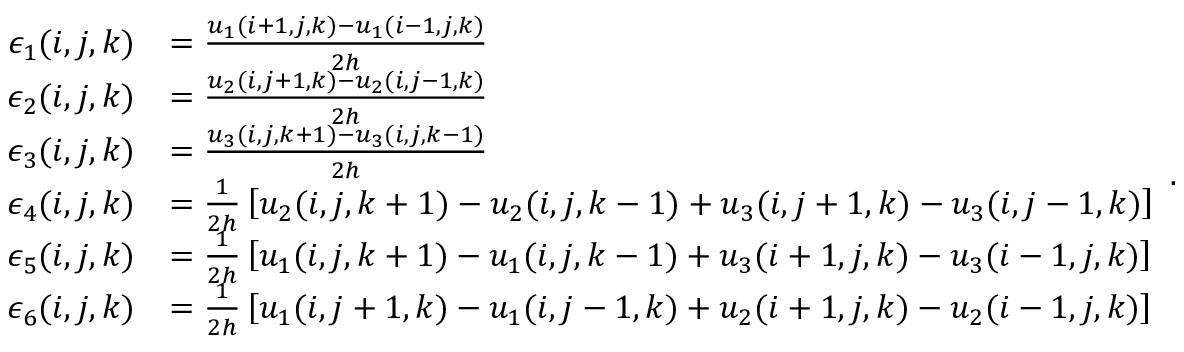
\begin{array} { r l } { \epsilon _ { 1 } ( i , j , k ) } & { = \frac { u _ { 1 } ( i + 1 , j , k ) - u _ { 1 } ( i - 1 , j , k ) } { 2 h } } \\ { \epsilon _ { 2 } ( i , j , k ) } & { = \frac { u _ { 2 } ( i , j + 1 , k ) - u _ { 2 } ( i , j - 1 , k ) } { 2 h } } \\ { \epsilon _ { 3 } ( i , j , k ) } & { = \frac { u _ { 3 } ( i , j , k + 1 ) - u _ { 3 } ( i , j , k - 1 ) } { 2 h } } \\ { \epsilon _ { 4 } ( i , j , k ) } & { = \frac { 1 } { 2 h } \left[ u _ { 2 } ( i , j , k + 1 ) - u _ { 2 } ( i , j , k - 1 ) + u _ { 3 } ( i , j + 1 , k ) - u _ { 3 } ( i , j - 1 , k ) \right] } \\ { \epsilon _ { 5 } ( i , j , k ) } & { = \frac { 1 } { 2 h } \left[ u _ { 1 } ( i , j , k + 1 ) - u _ { 1 } ( i , j , k - 1 ) + u _ { 3 } ( i + 1 , j , k ) - u _ { 3 } ( i - 1 , j , k ) \right] } \\ { \epsilon _ { 6 } ( i , j , k ) } & { = \frac { 1 } { 2 h } \left[ u _ { 1 } ( i , j + 1 , k ) - u _ { 1 } ( i , j - 1 , k ) + u _ { 2 } ( i + 1 , j , k ) - u _ { 2 } ( i - 1 , j , k ) \right] } \end{array} .